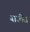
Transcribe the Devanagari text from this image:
याजींस